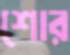
শোর